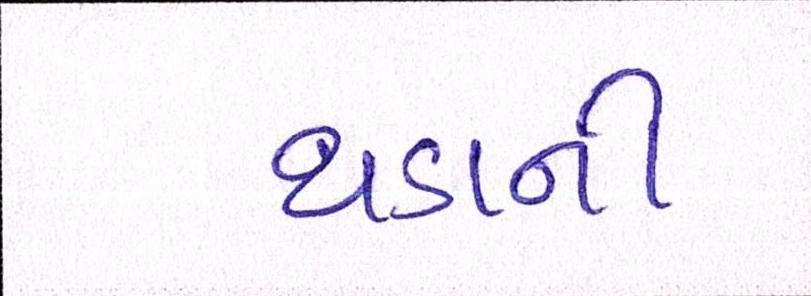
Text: થડાની